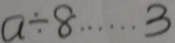
a \div 8 \cdots 3